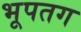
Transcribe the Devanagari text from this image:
भूपतग